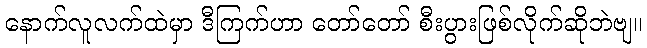
နောက်လူလက်ထဲမှာ ဒီကြက်ဟာ တော်တော် စီးပွားဖြစ်လိုက်ဆိုဘဲဗျ။